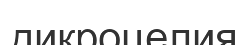
дикроцелия